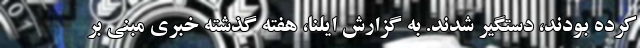
کرده بودند، دستگیر شدند. به گزارش ایلنا، هفته گذشته خبری مبنی بر